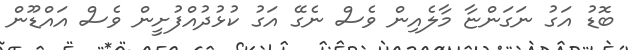
ބޮޑު އަގު ނަގަންޏާ މާލެއިން ވެސް ނެގޭ އަގު ކުޅުދުއްފުށީން ވެސް އައްޑޫން